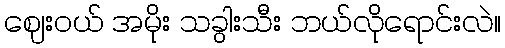
ဈေးဝယ် အမိုး သခွါးသီး ဘယ်လိုရောင်းလဲ။